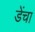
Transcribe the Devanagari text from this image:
डेंचा